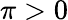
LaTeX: \pi>0